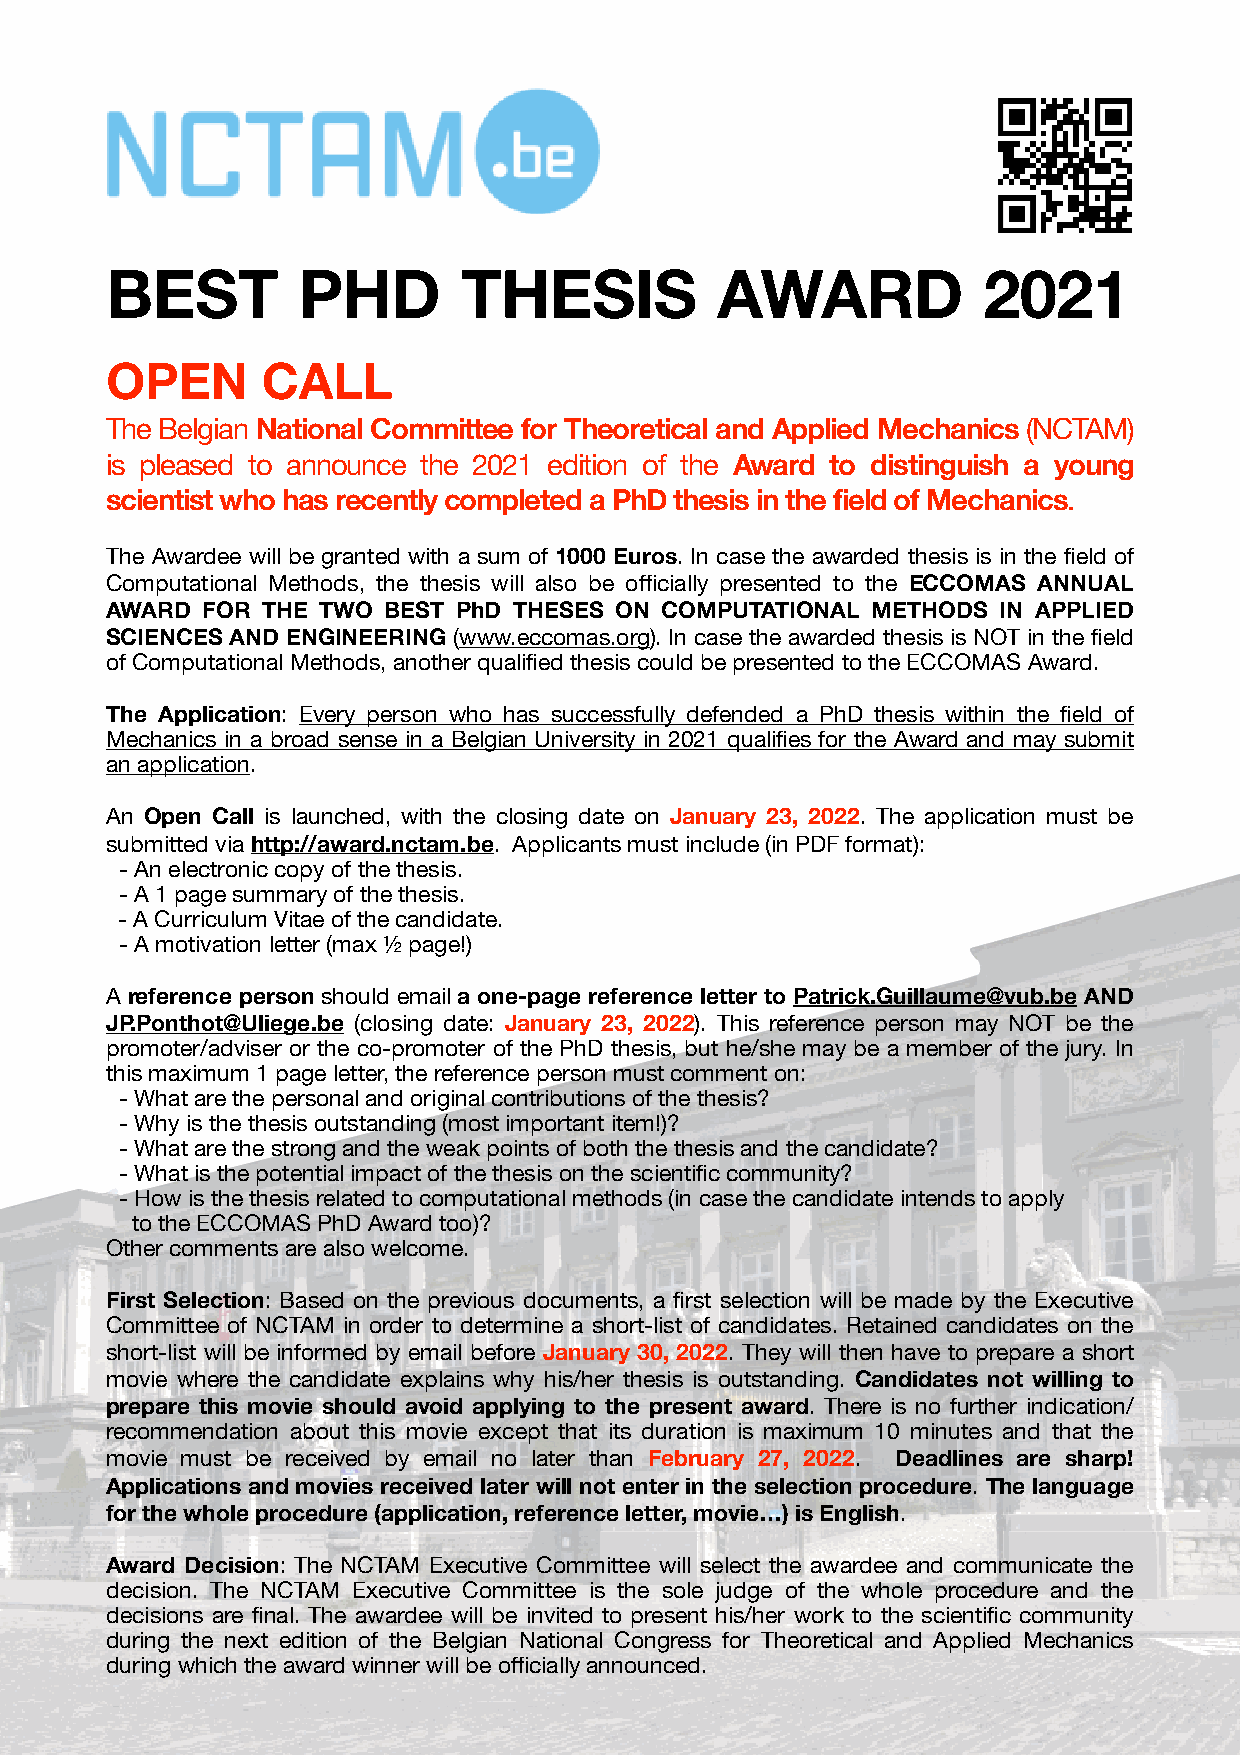
BEST         PHD       THESIS           AWARD             2021
 OPEN      CALL
 The Belgian National Committee for Theoretical and Applied Mechanics (NCTAM)
 is pleased to announce the 2021 edition of the Award to distinguish a young
 scientist who has recently completed a PhD thesis in the field of Mechanics.
 The Awardee will be granted with a sum of 1000 Euros. In case the awarded thesis is in the field of
 Computational Methods, the thesis will also be officially presented to the ECCOMAS ANNUAL
 AWARD FOR THE TWO BEST PhD THESES ON COMPUTATIONAL METHODS IN APPLIED
 SCIENCES AND ENGINEERING (www.eccomas.org). In case the awarded thesis is NOT in the field
 of Computational Methods, another qualified thesis could be presented to the ECCOMAS Award.
 The Application: Every person who has successfully defended a PhD thesis within the field of
 Mechanics in a broad sense in a Belgian University in 2021 qualifies for the Award and may submit
 an application.
 An Open Call is launched, with the closing date on January 23, 2022. The application must be
 submitted via http://award.nctam.be. Applicants must include (in PDF format):
 - An electronic copy of the thesis.
 - A 1 page summary of the thesis.
 - A Curriculum Vitae of the candidate.
 - A motivation letter (max ½ page!)
 A reference person should email a one-page reference letter to Patrick.Guillaume@vub.be AND
 JP.Ponthot@Uliege.be (closing date: January 23, 2022). This reference person may NOT be the
 promoter/adviser or the co-promoter of the PhD thesis, but he/she may be a member of the jury. In
 this maximum 1 page letter, the reference person must comment on:
 - What are the personal and original contributions of the thesis?
 - Why is the thesis outstanding (most important item!)?
 - What are the strong and the weak points of both the thesis and the candidate?
 - What is the potential impact of the thesis on the scientific community?
 - How is the thesis related to computational methods (in case the candidate intends to apply
 to the ECCOMAS PhD Award too)?
 Other comments are also welcome.
 First Selection: Based on the previous documents, a first selection will be made by the Executive
 Committee of NCTAM in order to determine a short-list of candidates. Retained candidates on the
 short-list will be informed by email before January 30, 2022. They will then have to prepare a short
 movie where the candidate explains why his/her thesis is outstanding. Candidates not willing to
 prepare this movie should avoid applying to the present award. There is no further indication/
 recommendation about this movie except that its duration is maximum 10 minutes and that the
 movie must be received by email no later than February 27, 2022. Deadlines are sharp!
 Applications and movies received later will not enter in the selection procedure. The language
 for the whole procedure (application, reference letter, movie…) is English.
 Award Decision: The NCTAM Executive Committee will select the awardee and communicate the
 decision. The NCTAM Executive Committee is the sole judge of the whole procedure and the
 decisions are final. The awardee will be invited to present his/her work to the scientific community
 during the next edition of the Belgian National Congress for Theoretical and Applied Mechanics
 during which the award winner will be officially announced.